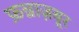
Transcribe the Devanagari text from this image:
फ़न्नाज़बूर